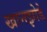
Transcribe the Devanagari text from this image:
खानझोडे